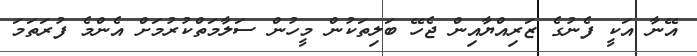
އޭނާ އަކީ ފެނުގެ ޒަރިއްޔާއިން ޖެހޭ ބަލިތަކުން މީހުން ސަލާމަތްކުރުމަށް އެންމެ ފުރަތަމަ